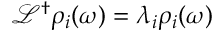
\mathcal { L } ^ { \dagger } \rho _ { i } ( \omega ) = \lambda _ { i } \rho _ { i } ( \omega )